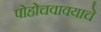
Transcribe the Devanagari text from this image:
पोहोचवावयाचे